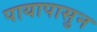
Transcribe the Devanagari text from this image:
पायापासुन